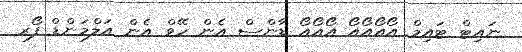
ނައިޓް ޓައިމް އޯއޯއޯއޯ އޯއޯއޯ ޑާންސް އެން ހޭވް އެން އަލްމަންޑް ފޯރ